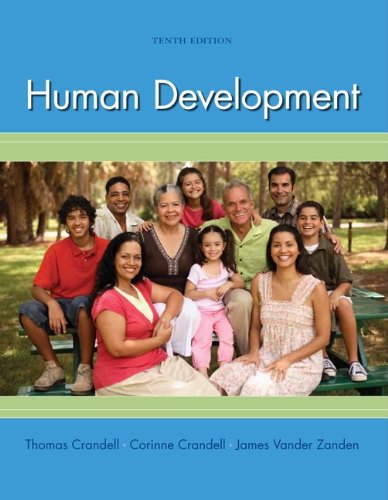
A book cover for Human Development; Thomas Crandell; Medical Books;